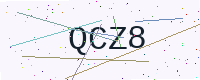
Text: QCZ8